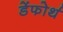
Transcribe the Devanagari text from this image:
डेंफोर्थ